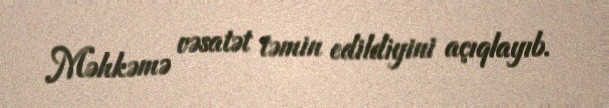
Məhkəmə vəsatət təmin edildiyini açıqlayıb.